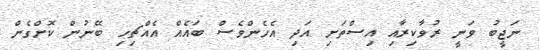
ނަޖީބު ވަނީ ރުވާކިރާއި އިސްތަށި އަދި އެހެންވެސް ބައެއް އެއްޗިހި ބޭނުން ކޮށްގެން